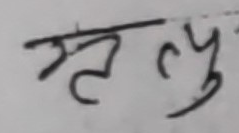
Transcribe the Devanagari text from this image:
ऋतु